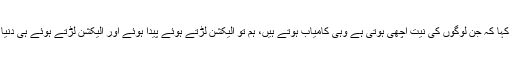
سینیٹر الیاس بلور نے کہا کہ جن لوگوں کی نیت اچھی ہوتی ہے وہی کامیاب ہوتے ہیں، ہم تو الیکشن لڑتے ہوئے پیدا ہوئے اور الیکشن لڑتے ہوئے ہی دنیا سے چلے جائیں گے۔